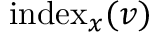
\operatorname { i n d e x } _ { x } ( v )